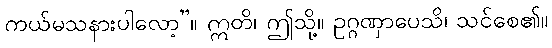
ကယ်မသနားပါလော့”။ ဣတိ၊ ဤသို့။ ဥဂ္ဂဏှာပေသိ၊ သင်စေ၏။